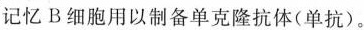
记忆B细胞用以制备单克隆抗体(单抗)。